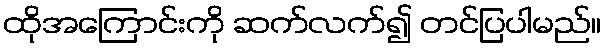
ထိုအကြောင်းကို ဆက်လက်၍ တင်ပြပါမည်။